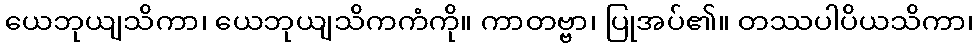
ယေဘုယျသိကာ၊ ယေဘုယျသိကကံကို။ ကာတဗ္ဗာ၊ ပြုအပ်၏။ တဿပါပိယသိကာ၊